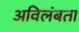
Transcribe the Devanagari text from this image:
अविलंबता